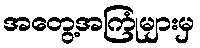
အတွေ့အကြုံများမှ